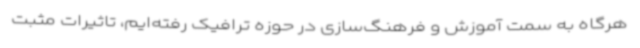
هرگاه به سمت آموزش و فرهنگ‌سازی در حوزه ترافیک رفته‌ایم، تاثیرات مثبت